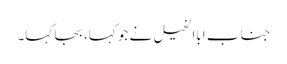
جناب اباالخیل نے جو کہا، بجا کہا۔